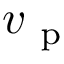
v _ { \mathrm { ~ p ~ } }